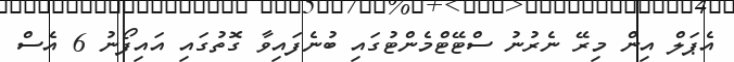
އެޕަލް އިން މިރޭ ނެރުނު ސްޓޭޓްމެންޓުގައި ބުނެފައިވާ ގޮތުގައި އަައިފޯނު 6 އެސް